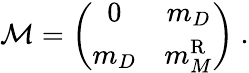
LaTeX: {\cal{M}}=\left(\begin{array}{cc}{{0}}&{{m_{D}}}\\ {{m_{D}}}&{{m_{M}^{\mathrm{R}}}}\end{array}\right)~.